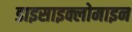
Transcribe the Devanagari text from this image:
डाइसाइक्लोमाइन